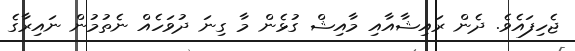
ޖެހިފައެވެ. ދެން ރައިޝާއާއި މާއިޝް ގުޅެން މާ ގިނަ ދުވަހެއް ނެތުމުން ނައިރާގެ